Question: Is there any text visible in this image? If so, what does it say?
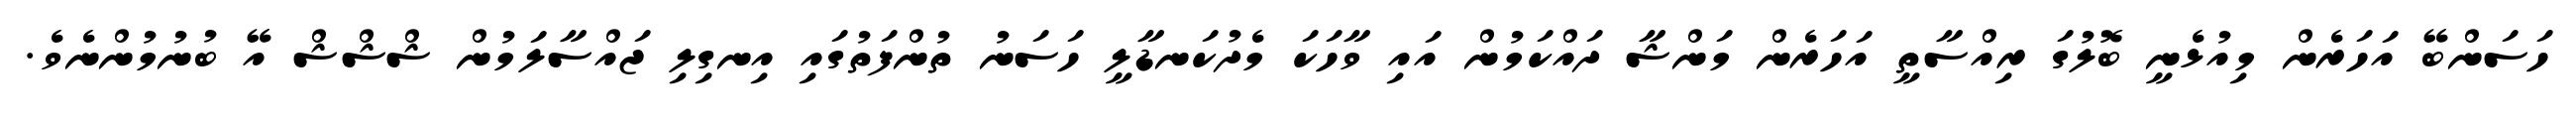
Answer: ހަސަންބޭ އަހަރެން މިއުޅެނީ ބޮލުގަ ރިއްސާތީ އަހަރެން މަންޝާ ދައްކަމުން އައި ވާހަކަ މެދުކަނޑާލީ ހަސަނު ތުންފަތުގައި އިނގިލި ޖައްސާލަމުން ޝްޝްޝް އޭ ބުނުމުންނެވެ.